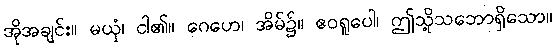
အိုအချင်း။ မယှံ၊ ငါ၏။ ဂေဟေ၊ အိမ်၌။ ဧဝရူပေါ၊ ဤသို့သဘောရှိသော။